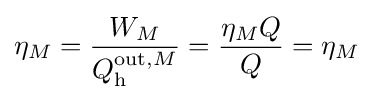
\eta _{M}={\frac {W_{M}}{Q_{\text{h}}^{{\text{out}},M}}}={\frac {\eta _{M}Q}{Q}}=\eta _{M}